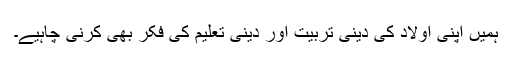
ہمیں اپنی اولاد کی دینی تربیت اور دینی تعلیم کی فکر بھی کرنی چاہیے۔